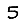
Digit: 5